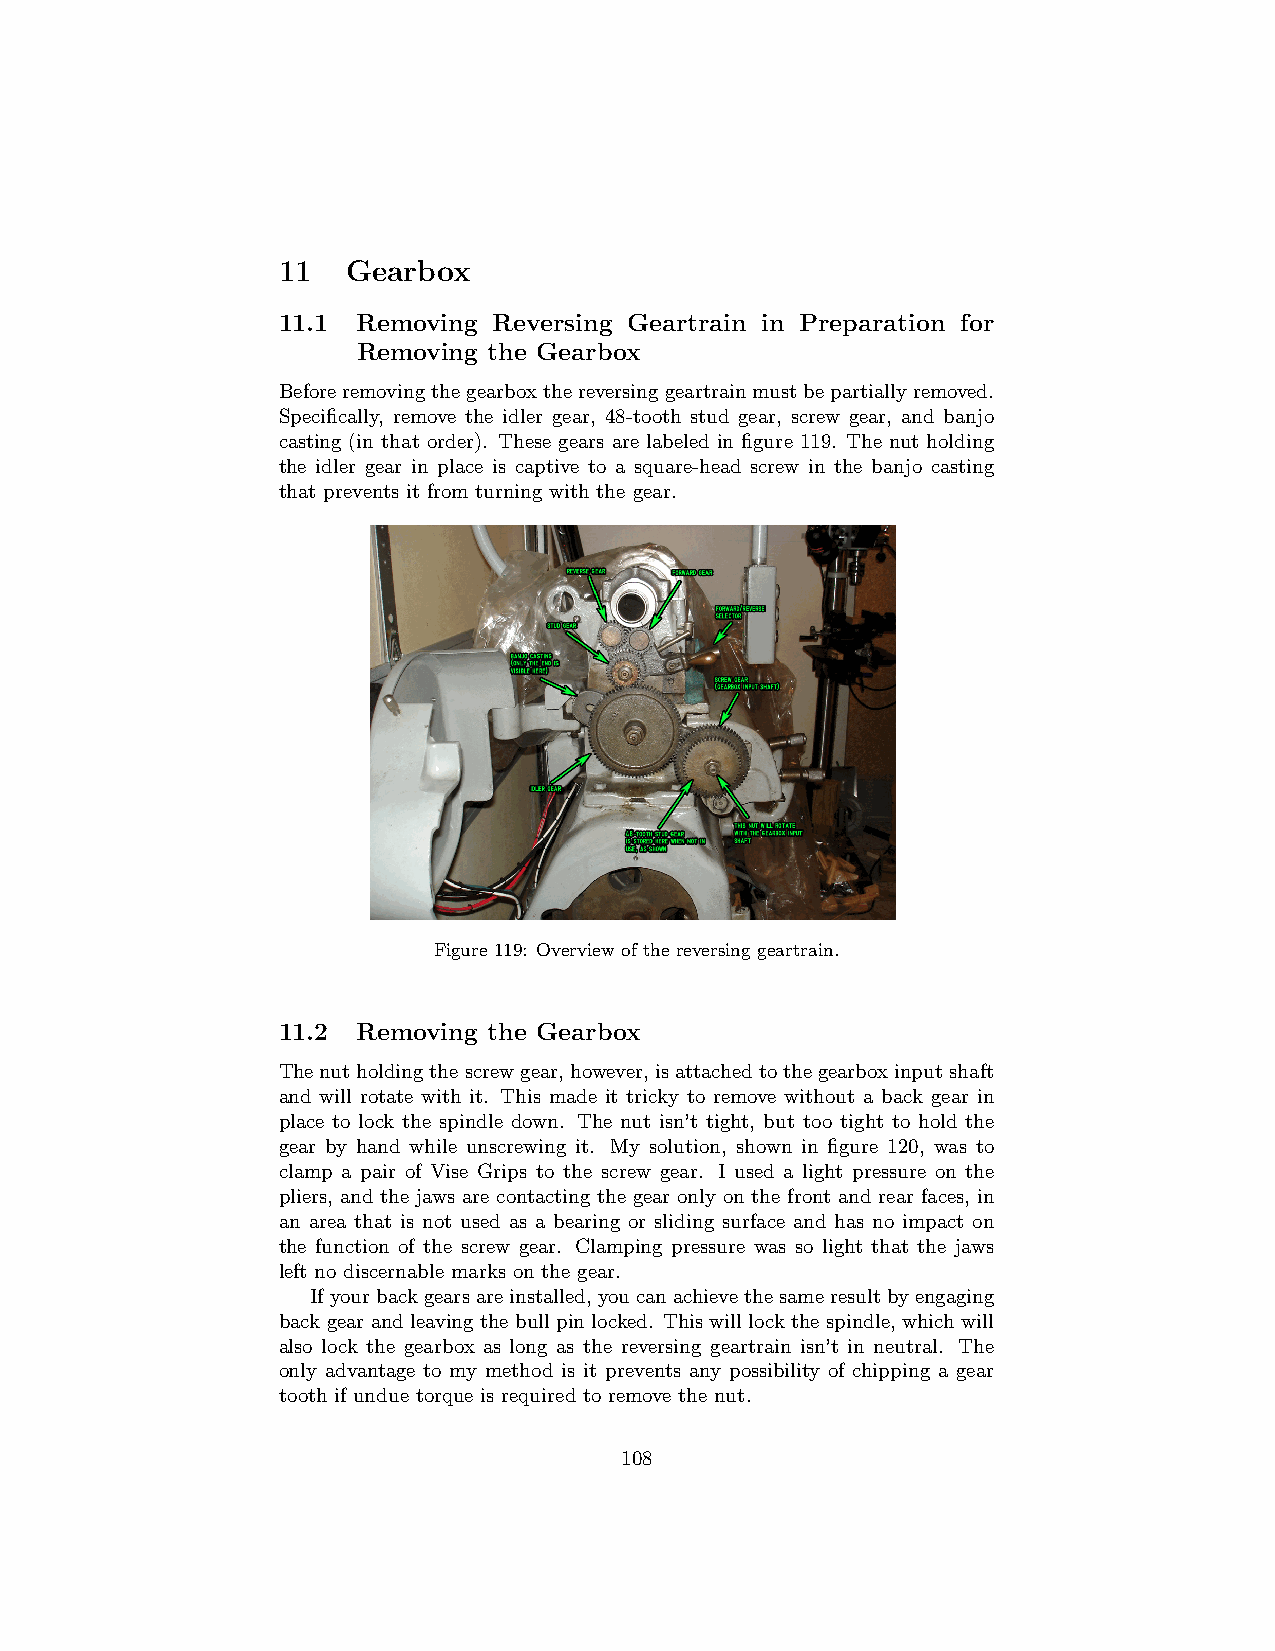
11   Gearbox
 11.1  Removing Reversing Geartrain in Preparation for
 Removing the Gearbox
 Beforeremovingthegearboxthereversinggeartrainmustbepartiallyremoved.
 Specifically, remove the idler gear, 48-tooth stud gear, screw gear, and banjo
 casting (in that order). These gears are labeled in figure 119. The nut holding
 the idler gear in place is captive to a square-head screw in the banjo casting
 that prevents it from turning with the gear.
 Figure 119: Overview of the reversing geartrain.
 11.2  Removing the Gearbox
 Thenutholdingthescrewgear,however,isattachedtothegearboxinputshaft
 and will rotate with it. This made it tricky to remove without a back gear in
 place to lock the spindle down. The nut isn’t tight, but too tight to hold the
 gear by hand while unscrewing it. My solution, shown in figure 120, was to
 clamp a pair of Vise Grips to the screw gear. I used a light pressure on the
 pliers, and the jaws are contacting the gear only on the front and rear faces, in
 an area that is not used as a bearing or sliding surface and has no impact on
 the function of the screw gear. Clamping pressure was so light that the jaws
 left no discernable marks on the gear.
 Ifyourbackgearsareinstalled,youcanachievethesameresultbyengaging
 back gear and leaving the bull pin locked. This will lock the spindle, which will
 also lock the gearbox as long as the reversing geartrain isn’t in neutral. The
 only advantage to my method is it prevents any possibility of chipping a gear
 tooth if undue torque is required to remove the nut.
 108